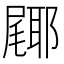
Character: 𮠎